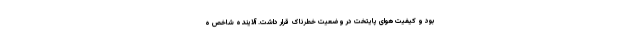
بود و کیفیت هوای پایتخت در وضعیت خطرناک قرار داشت. آلاینده شاخص ه